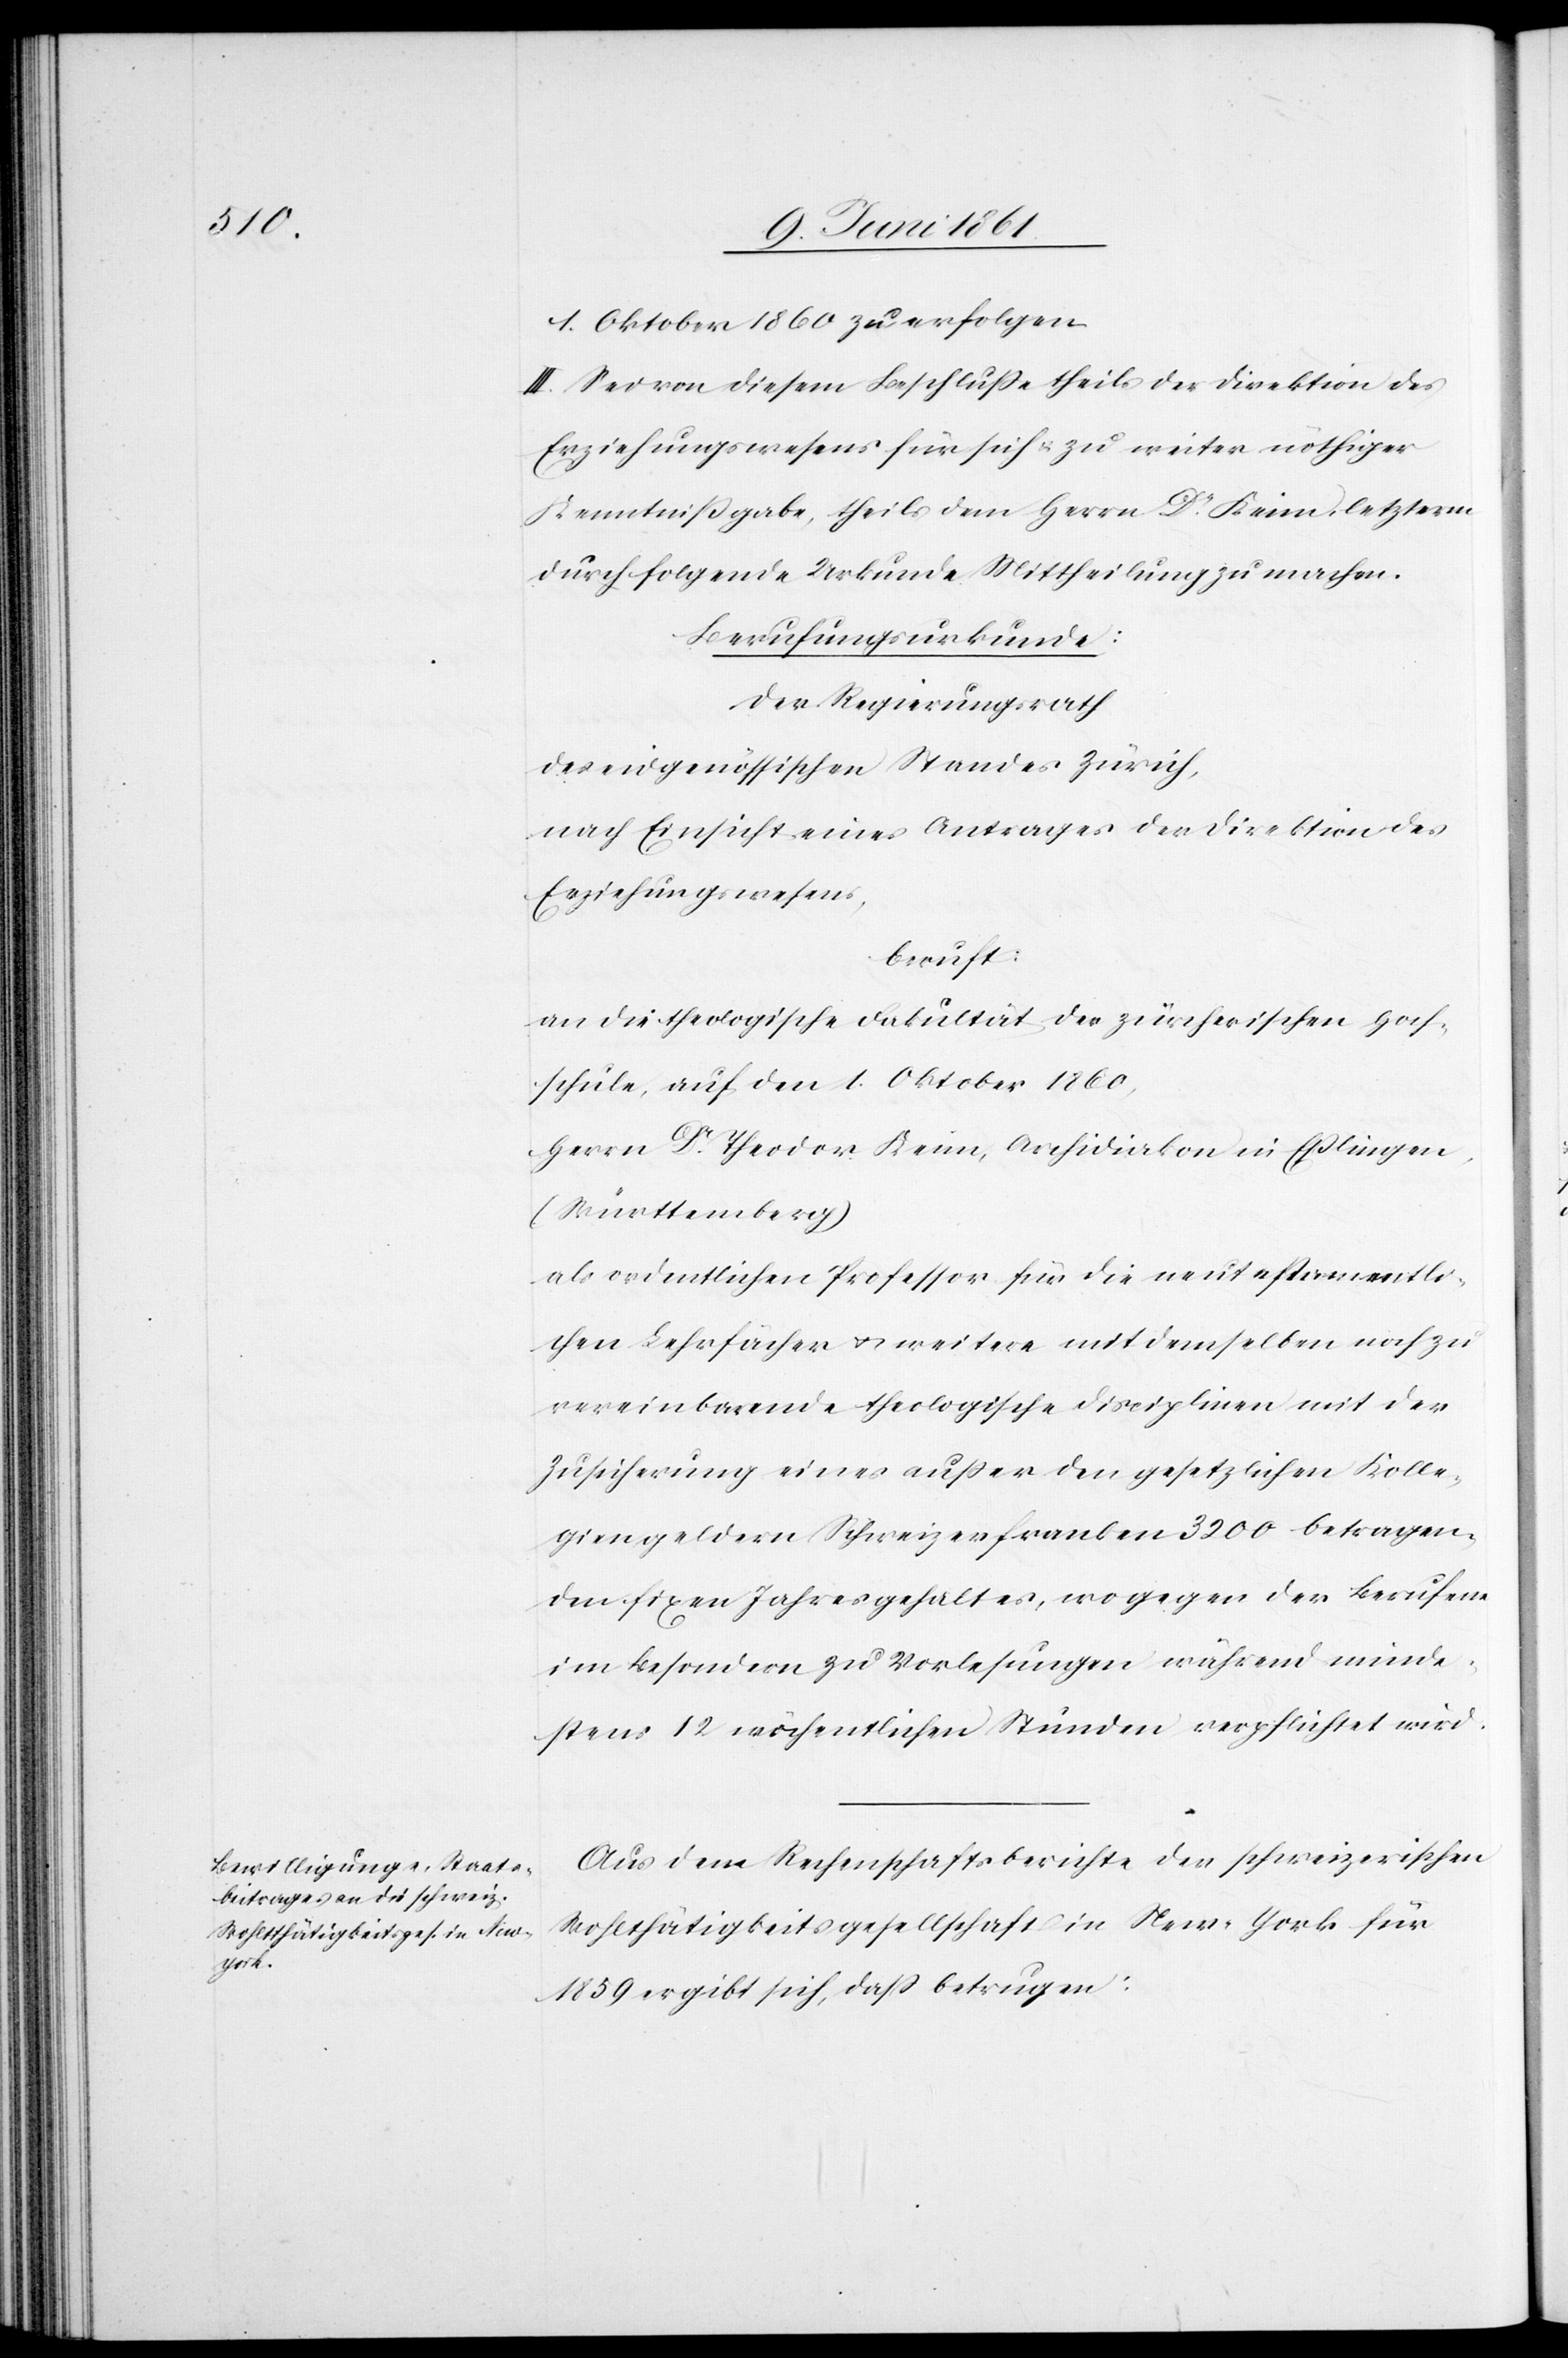
1. Oktober 1860 zu erfolgen.
III. Sei von diesem Beschlusse theils der Direktion des
Erziehungswesens für sich u. zu weiter nöthiger
Kenntnissgabe, theils dem Herrn Dr Keim, letzterm
durch folgende Urkunde Mittheilung zu machen.
Berufungsurkunde:
Der Regierungsrath
des eidgenössischen Standes Zürich,
nach Einsicht eines Antrages der Direktion des
Erziehungswesens,
beruft:
an die theologische Fakultät der zürcherischen Hoch¬
schule, auf den 1. Oktober 1860,
Herrn Dr Theodor Keim, Archidiakon in Esslingen,
(Württemberg)
als ordentlichen Professor für die neutestamentli¬
chen Lehrfächer u. weitere mit demselben noch zu
vereinbarende theologischen Disciplinen mit der
Zusicherung eines ausser den gesetzlichen Kolle¬
giengeldern Schweizerfranken 3200 betragen¬
den fixen Jahresgehaltes, wogegen der Berufene
im Besondern zu Vorlesungen während minde¬
stens 12 wöchentlichen Stunden verpflichtet wird.
Aus dem Rechenschaftsberichte der schweizerischen
Wohlthätigkeitsgesellschaft in New-York für
1859 ergibt sich, dass betrugen: